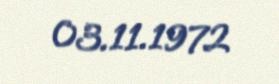
03.11.1972